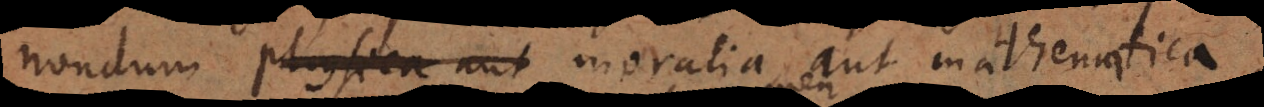
nondum physica aut moralia aut mathematica,